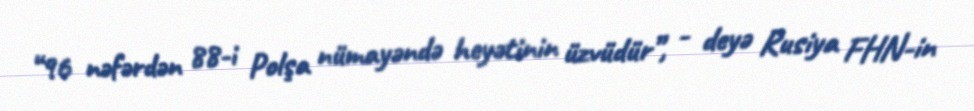
“96 nəfərdən 88-i Polşa nümayəndə heyətinin üzvüdür”, - deyə Rusiya FHN-in